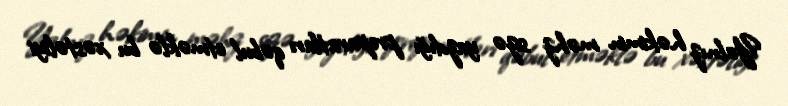
Yalnız həkimin məhz sizə yazdığı preparatları qəbul etməklə bu xəstəliyi